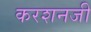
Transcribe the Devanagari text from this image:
करशनजी